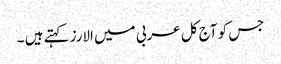
جس کو آج کل عربی میں الارز کہتے ہیں ۔